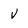
Character: V